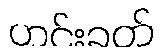
ဟင်းခတ်